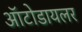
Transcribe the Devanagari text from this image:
ऑटोडायलर